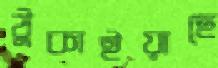
ঠুকাইয়াছে